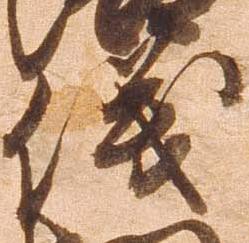
儀